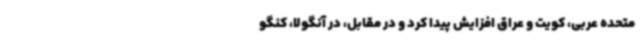
متحده عربی، کویت و عراق افزایش پیدا کرد و در مقابل، در آنگولا، کنگو